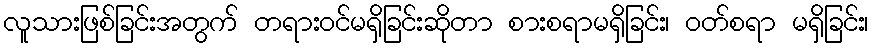
လူသားဖြစ်ခြင်းအတွက် တရားဝင်မရှိခြင်းဆိုတာ စားစရာမရှိခြင်း၊ ဝတ်စရာ မရှိခြင်း၊